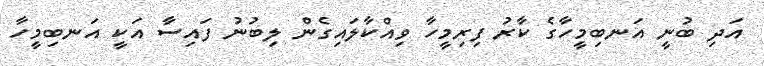
އަދި ބުނީ އަނބިމީހާގެ ކާރު ފިރިމީހާ ވިއްކާލައިގެން ލިބުނު ފައިސާ އަކީ އަނބިމީހާ